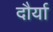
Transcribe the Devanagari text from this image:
दौर्या